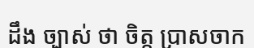
ដឹង ច្បាស់ ថា ចិត្ត ប្រាសចាក